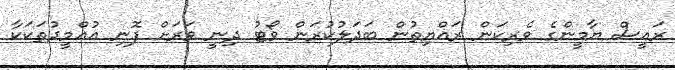
ރައީސް ޔާމީންގެ ވެރިކަން ރައްޔިތުން ބަދަލުކުރަން ވޯޓު ދިނީ ވަރަށް ފޮނި އުއްމީދުތަކަކާ